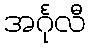
အင်္ဂုလီ